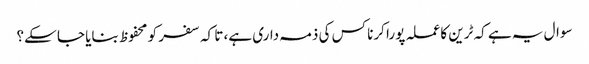
سوال یہ ہے کہ ٹرین کا عملہ پورا کرنا کس کی ذمہ داری ہے، تا کہ سفر کو محفوظ بنایا جا سکے؟